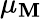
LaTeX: \mu_{\mathbf{M}}